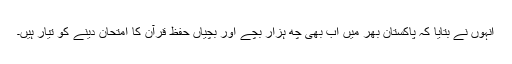
انہوں نے بتایا کہ پاکستان بھر میں اب بھی چھ ہزار بچے اور بچیاں حفظ قرآن کا امتحان دینے کو تیار ہیں۔